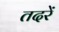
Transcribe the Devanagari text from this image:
तदरें